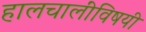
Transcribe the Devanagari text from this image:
हालचालींविषयी